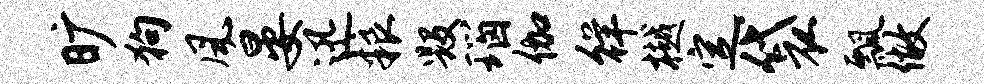
旷狗风晏迅粮毁瑙伽徉樾定袋瓢做